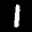
Label: 1